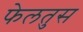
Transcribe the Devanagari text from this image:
फेलतुस